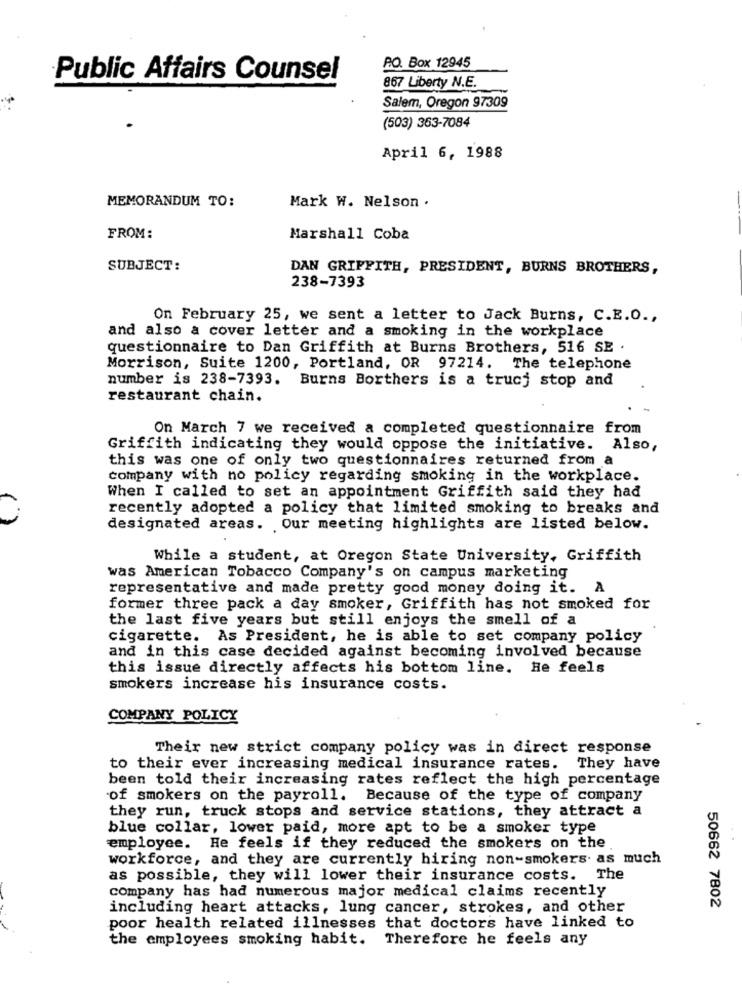
PO. Box 12945
Public Affairs Counsel
867 Liberty N.E.
Salem, Oregon 97309
(503) 363-7084
April 6, 1988
MEMORANDUM TO:
Mark W. Nelson .
FROM:
Marshall Coba
SUBJECT:
DAN GRIFFITH, PRESIDENT, BURNS BROTHERS,
238-7393
On February 25, we sent a letter to Jack Burns, C.E.O .,
and also a cover letter and a smoking in the workplace
questionnaire to Dan Griffith at Burns Brothers, 516 SE .
Morrison, Suite 1200, Portland, OR 97214. The telephone
number is 238-7393. Burns Borthers is a trucj stop and
restaurant chain.
On March 7 we received a completed questionnaire from
Griffith indicating they would oppose the initiative. Also,
this was one of only two questionnaires returned from a
company with no policy regarding smoking in the workplace.
When I called to set an appointment Griffith said they had
recently adopted a policy that limited smoking to breaks and
designated areas. Our meeting highlights are listed below.
While a student, at Oregon State University, Griffith
was American Tobacco Company's on campus marketing
representative and made pretty good money doing it. A
former three pack a day smoker, Griffith has not smoked for
the last five years but still enjoys the smell of a
cigarette. As President, he is able to set company policy
and in this case decided against becoming involved because
this issue directly affects his bottom line. He feels
smokers increase his insurance costs.
COMPANY POLICY
Their new strict company policy was in direct response
to their ever increasing medical insurance rates. They have
been told their increasing rates reflect the high percentage
of smokers on the payroll.
Because of the type of company
they run, truck stops and service stations, they attract a
blue collar, lower paid, more apt to be a smoker type
employee. He feels if they reduced the smokers on the
workforce, and they are currently hiring non-smokers. as much
as possible, they will lower their insurance costs. The
company has had numerous major medical claims recently
50662 7802
including heart attacks, lung cancer, strokes, and other
poor health related illnesses that doctors have linked to
the employees smoking habit.
Therefore he feels any